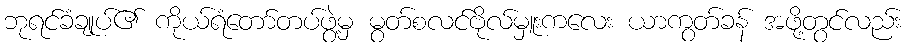
ဘုရင်ခံချုပ်၏ ကိုယ်ရံတော်တပ်ဖွဲ့မှ မွတ်စလင်ဗိုလ်မှူးကလေး ယာကွတ်ခန် အဖို့တွင်လည်း